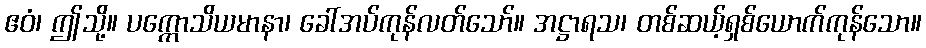
ဧဝံ၊ ဤသို့။ ပက္ကောသိယမာနာ၊ ခေါ်အပ်ကုန်လတ်သော်။ အဋ္ဌာရသ၊ တစ်ဆယ့်ရှစ်ယောက်ကုန်သော။